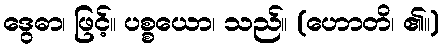
ဒွေဓာ၊ ဖြင့်။ ပစ္စယော၊ သည်။ (ဟောတိ၊ ၏။)